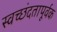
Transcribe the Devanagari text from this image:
स्वच्छंदतापूर्वक